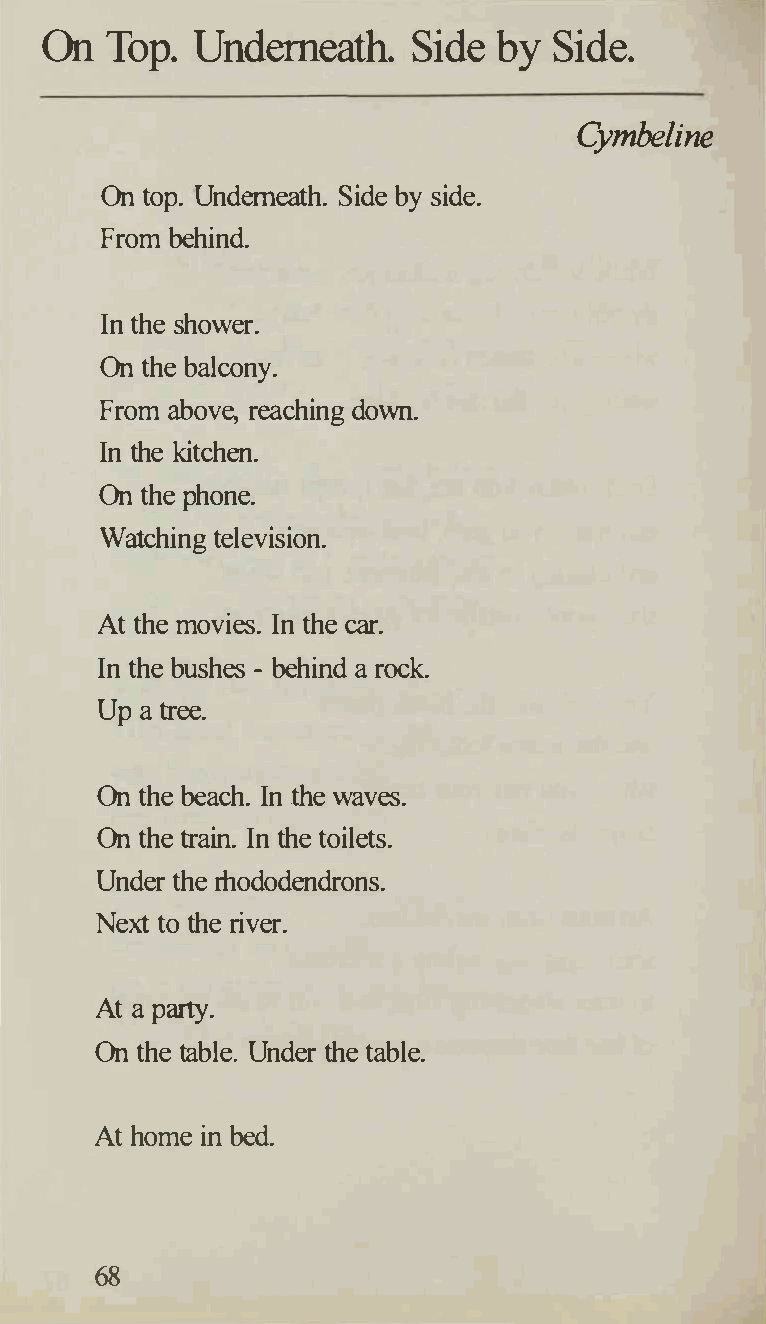
On  Top.  Underneath.   Side  by  Side.
 Cymbeline
 On top. Underneath. Side by side.
 From behind.
 In the shower.
 On the balcony.
 From above, reaching down.
 In the kitchen.
 On the phone.
 Watching television.
 At the movies. In the car.
 In the bushes - behind a rock.
 Up a tree.
 On the beach. In the waves.
 On the train. In the toilets.
 Under the rhododendrons.
 Next to the river.
 At a party.
 On the table. Under the table.
 At home in bed.
 68